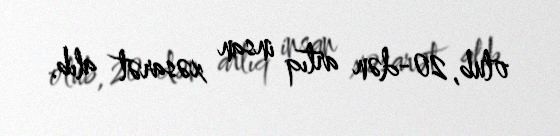
olub, 20-dən artıq insan xəsarət alıb.